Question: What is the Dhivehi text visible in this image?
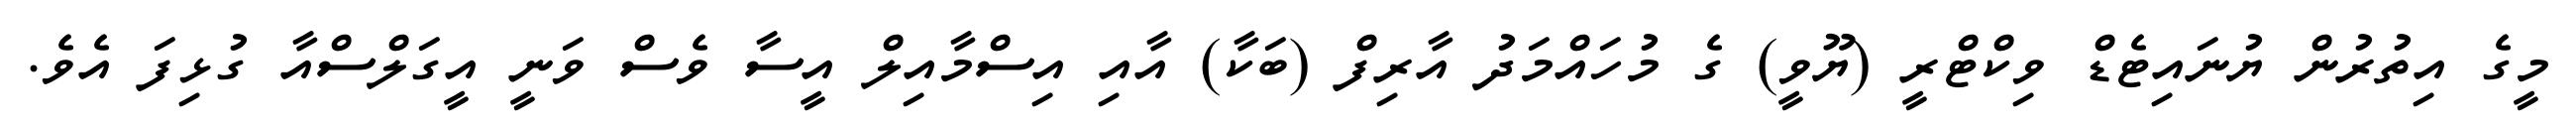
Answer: މީގެ އިތުރުން ޔުނައިޓެޑް ވިކްޓްރީ (ޔޫވީ) ގެ މުހައްމަދު އާރިފް (ބަކާ) އާއި އިސްމާއިލް އީސާ ވެސް ވަނީ އީގަލްސްއާ ގުޅިފަ އެވެ.